Problem: 10 × 5 = ?
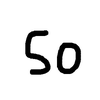
Handwritten answer: 50